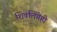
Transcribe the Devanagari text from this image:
शिवलिंगेही